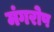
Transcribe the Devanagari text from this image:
मंगरोप